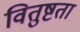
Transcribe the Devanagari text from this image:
वितुष्टता